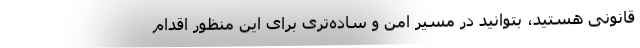
قانونی هستید، بتوانید در مسیر امن و ساده‌تری برای این منظور اقدام